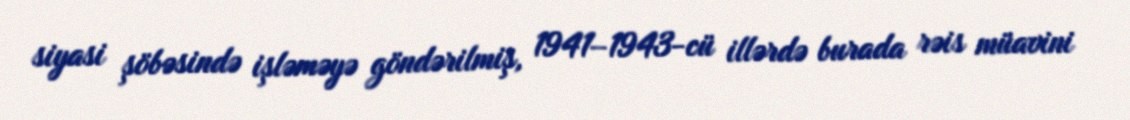
siyasi şöbəsində işləməyə göndərilmiş, 1941–1943-cü illərdə burada rəis müavini